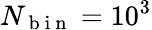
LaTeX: N_{\mathrm{~b~i~n~}}=10^{3}